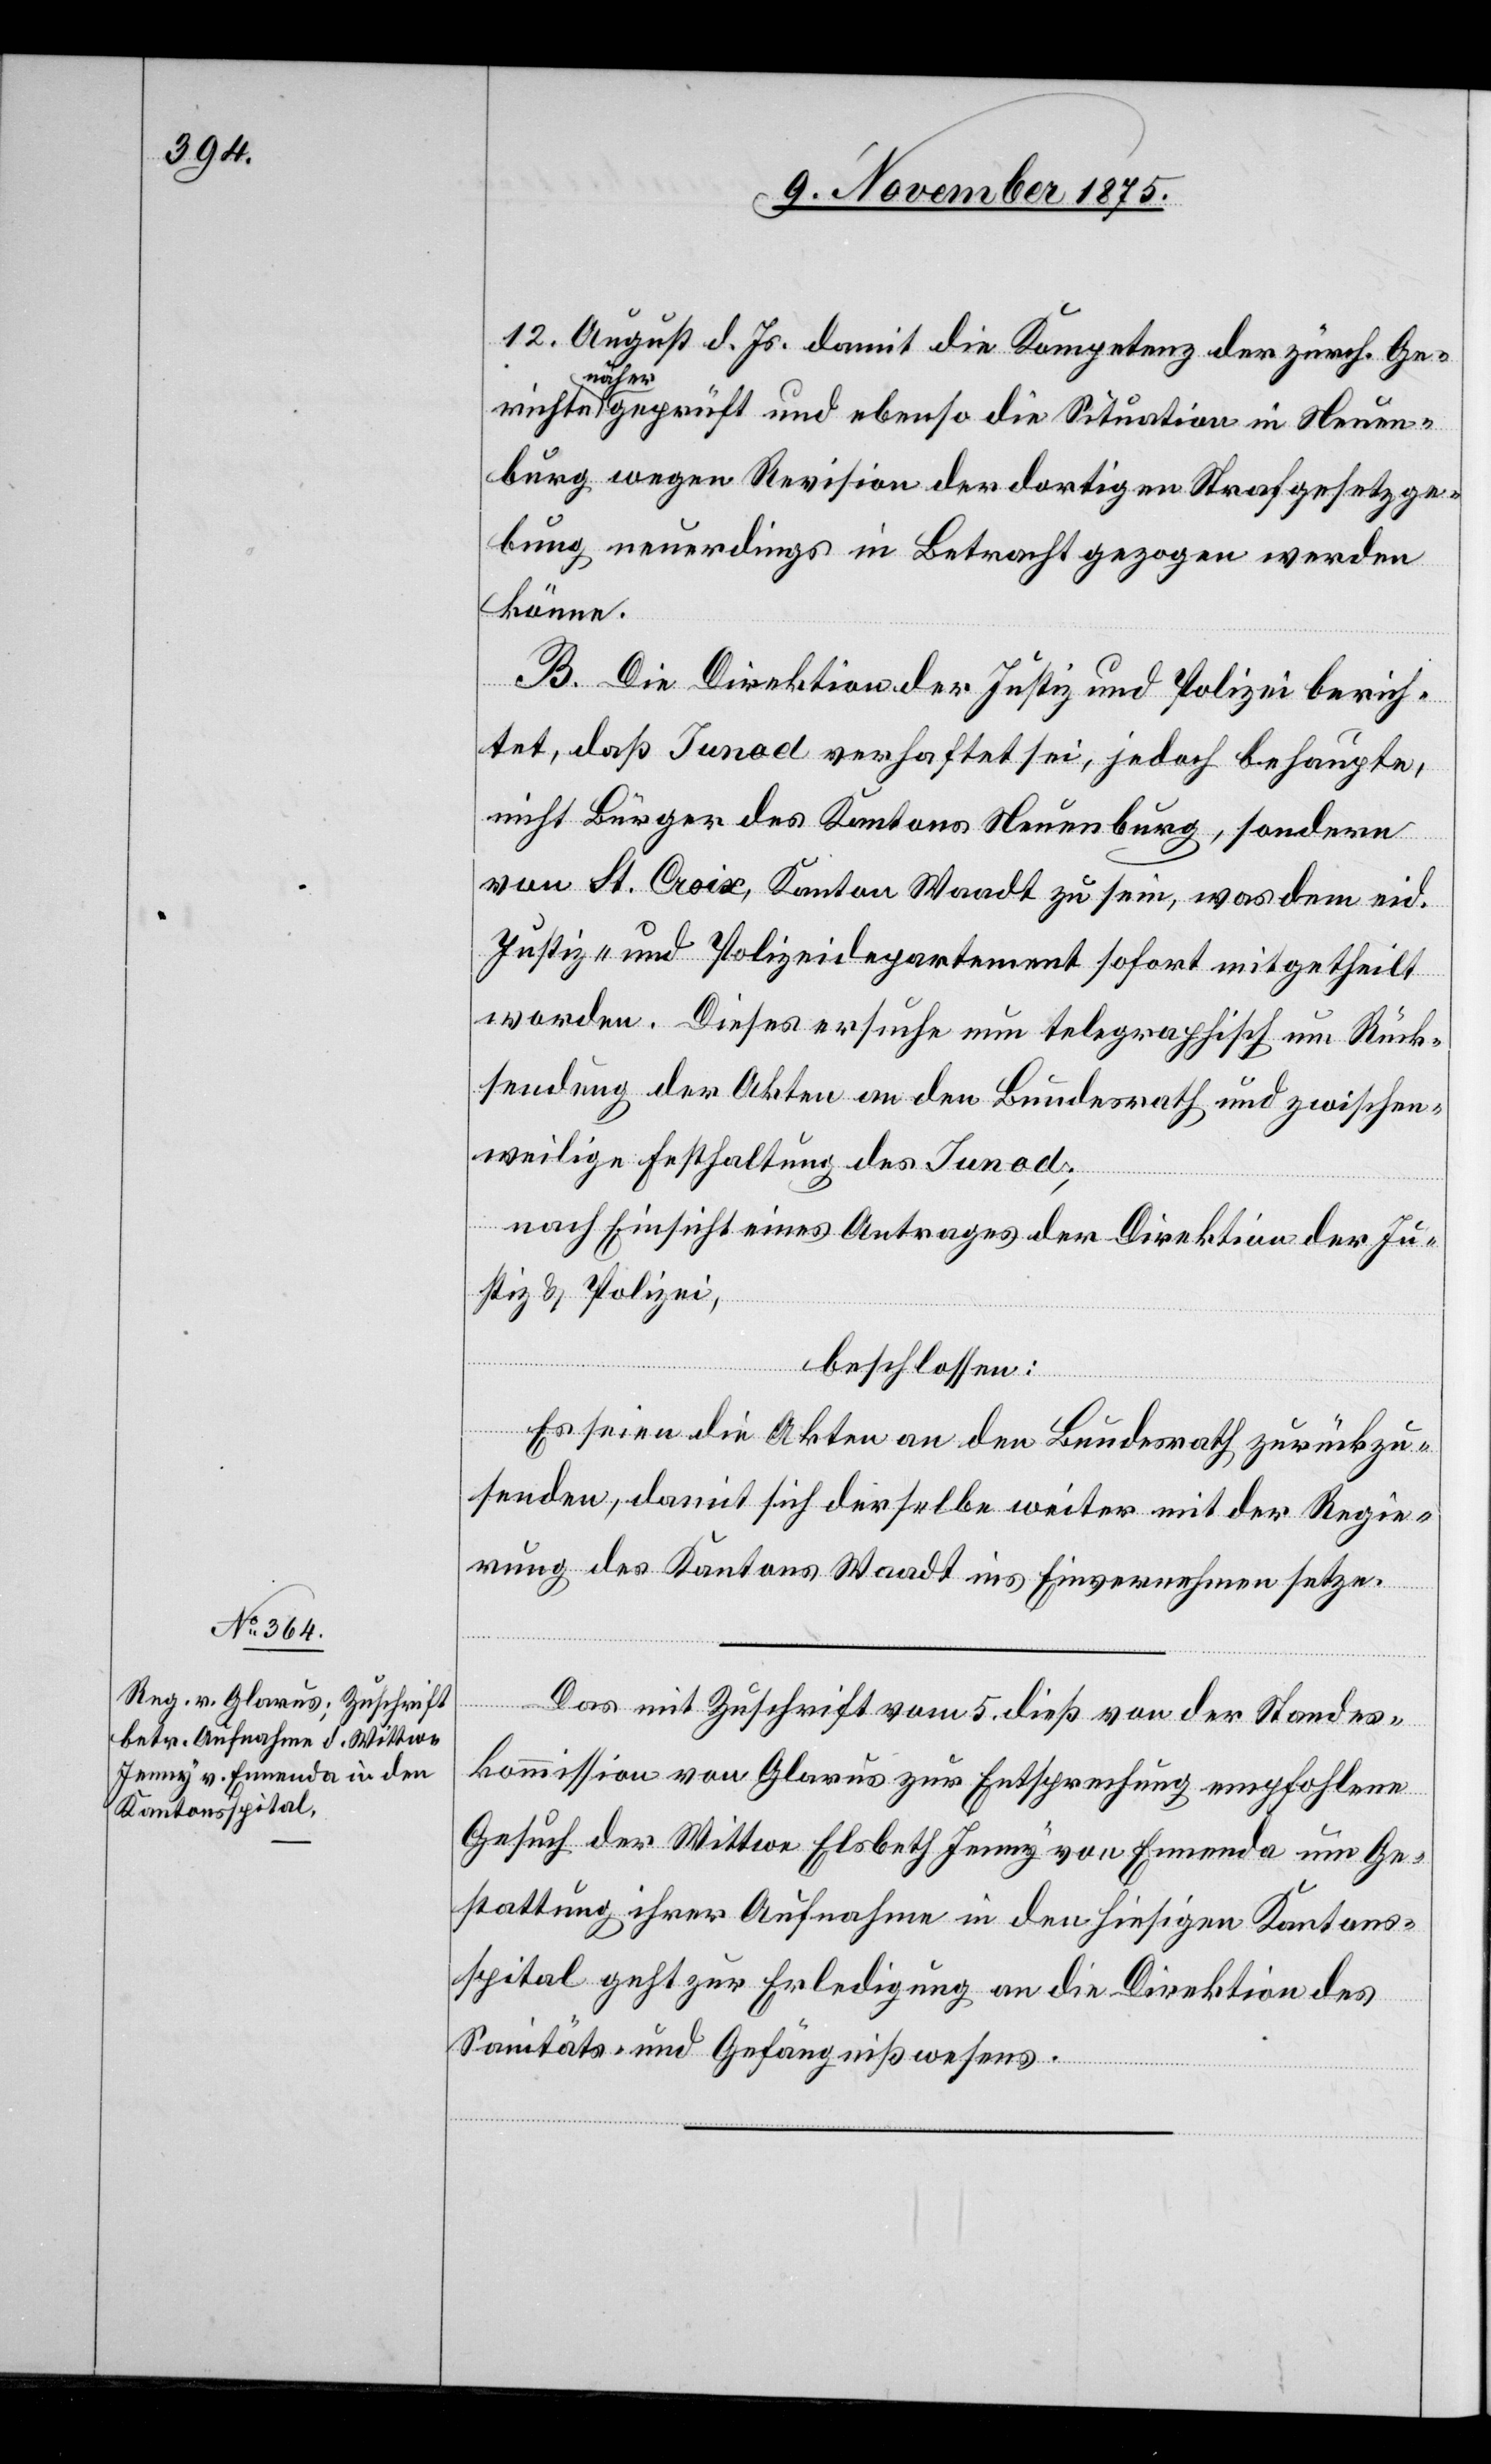
9. November 1875.]
12. August d. Js. damit die Kompetenz der zürch. Ge¬
richte näher geprüft und ebenso die Situation in Neuen¬
burg wegen Revision der dortigen Strafgesetzge¬
bung neuerdings in Betracht gezogen werden
könne.
B. Die Direktion der Justiz und Polizei berich¬
tet, daß Iunod verhaftet sei, jedoch behaupte,
nicht Bürger des Kantons Neuenburg, sondern
von St. Croix, Kanton Waadt zu sein, was dem eid.
Justiz- und Polizeidepartement sofort mitgetheilt
worden. Dieses ersuche nun telegraphisch um Rück¬
sendung der Akten an den Bundesrath und zwischen¬
weilige Festhaltung des Iunod;
nach Einsicht eines Antrages der Direktion der Ju¬
stiz & Polizei,
beschlossen:
Es seien die Akten an den Bundesrath zurückzu¬
senden, damit sich derselbe weiter mit der Regie¬
rung des Kantons Waadt ins Einvernehmen setze.
Das mit Zuschrift vom 5. dieß von der Standes¬
kommission von Glarus zur Entsprechung empfohlene
Gesuch der Wittwe Elsbeth Jenny von Ennenda um Ge¬
stattung ihrer Aufnahme in den hiesigen Kantons¬
spital geht zur Erledigung an die Direktion des
Sanitäts- und Gefängnißwesens.